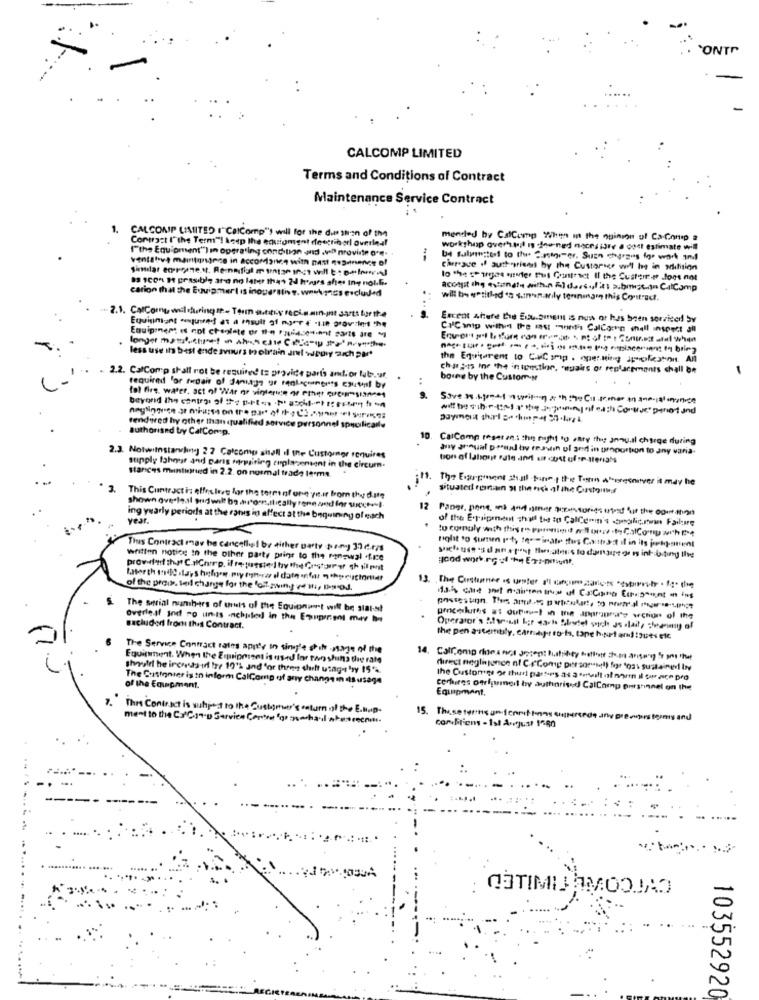
`ONTr
CALCOMP LIMITED
Terms and Conditions of Contract
Maintenance Service Contract
1.
CALCONP LIMITED I" CalComp") will for the dus than of th
Contract ("the Term"! keep the equipment describerl overleaf
mented by CalComp When in the quinson of Ca-Comp a
"the Equipment") in operating condition and val nroviste o". .
workshop overh.pl is ou-ned nochsidre a cost estimate will
ventatva maintenance in accordance with nast qep-mence of
Similar eorgane.st. Re-nafigi muntse inst will t:selon
Carregue if aust priest by the Custorie will he in silition
83 1con I prasible are no later than 24 horses shes Iny nol.G.
lo the se urges meuter that Contract Il the Custerr # does not
cation that the Equipment is inoperative. wewhenss excluded
acomit ihg estante with.n Al dorsolitt a.bist.in CalCamp
will be entitled "s sinon arily torninam this Contract.
2.1. ColComny wil during tt. Term attiy recin min-int sarts turthe
Excent where the Euu.sment is nus or has been serviced Sv
Equiginiont conusted at a mault of nonr $ -Lie grov let the
CalC inip within the mast moins CalCorn hall inspect si
Equipment Is not cheolate or Il-e roulade-tinnit sarts are "
less use its best ende avours molrain ant scowy aich par
the Equitarent to CiComp . nper.ning ipholeaton. All
chass15 ine the in tonstinn, repairs of replacements chall be
2.2. CalComp shall not be required to provide parts and. or lub.ur.
borne by the Custom-N
required 'or fordair of danige or renlectingrts czutnf by
fol fire. water, act of War ne vinteruse or other pre-sian
witt be schr tent as the a queen of nach Contre penet und
authorised by CalComp.
tendered hy other than qualified service personnel spuclicalle
10.
CalComp reset an .: the fujht to entry the annual charge during
muy annual persuad by roastin ul and in proportion to any varia.
2.3. Notwitnstarving 22 Calcomp shall il the Custornor requires
tons of labour este and sit cost of setlerials
stipply Ishour and parts forwriting ciplacontent in the circumm.
sances mentished in 2.2. on normal trade Isoms.
The Experement shall tone , the Term a" ereenover it may be
situated roman 31 the noch al the Carstound
This Contract is effesleet for the term of one yitir from the date
12
ing yearly periods at the rats in affect at the bequining of each
year.
of the Epsipment Thull the to Callenem's deglicon Failure
to comply with this ro parenting aflora .to ColComp acht
This Contract may be cancelled be either party pony 37ers
polit to sunun 1st, terminate ttes Couttsit il in its porky-stent
written notice In the other party print to the renewal .fice
prowhat that C.alChirp. il re tusstedI hy the Constarer shipnt
of the proik. teil change for the 'off.zwin yet, Bygd.
The serial numbers of truls of the Equionit will be stal-st
Overlesf ind ro units inchused in the Experient may be
proceluths at ouruuml in the appropriate wction of the
sacluderi from this Contract.
Operator's Afsesust bir sache Sibutel sich Js slait, deaminsy of
the pen astertitily, cartayet to-ts, tape hout and) :3ues ele
The Service Contract rates appt', in single shih naje of the
Equipment. When the Ermaipriset is used for two shins the rate
theyulf he inchesas if tor 19'% and 'or three shift usage 'ry 15%.
The Cursionser is to inform CalComp of any change in dis usage
the Customer or thuri parties as a sertill of norm il sur nice pro
of the Equipment.
certires performed by authorised CalComp Burstinnel on the
Equipment,
This Contract is sions to the Customer's column of the E-Bog
ment to the Co'Con-p Service Centre for onocha-la
15. Theseterms andSonrif tonns eurersede any presupers forms and
103552920